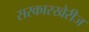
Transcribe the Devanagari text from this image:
सरकारखेरीज